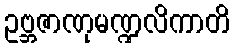
ဥဗ္ဘဇာဏုမဏ္ဍလိကာတိ